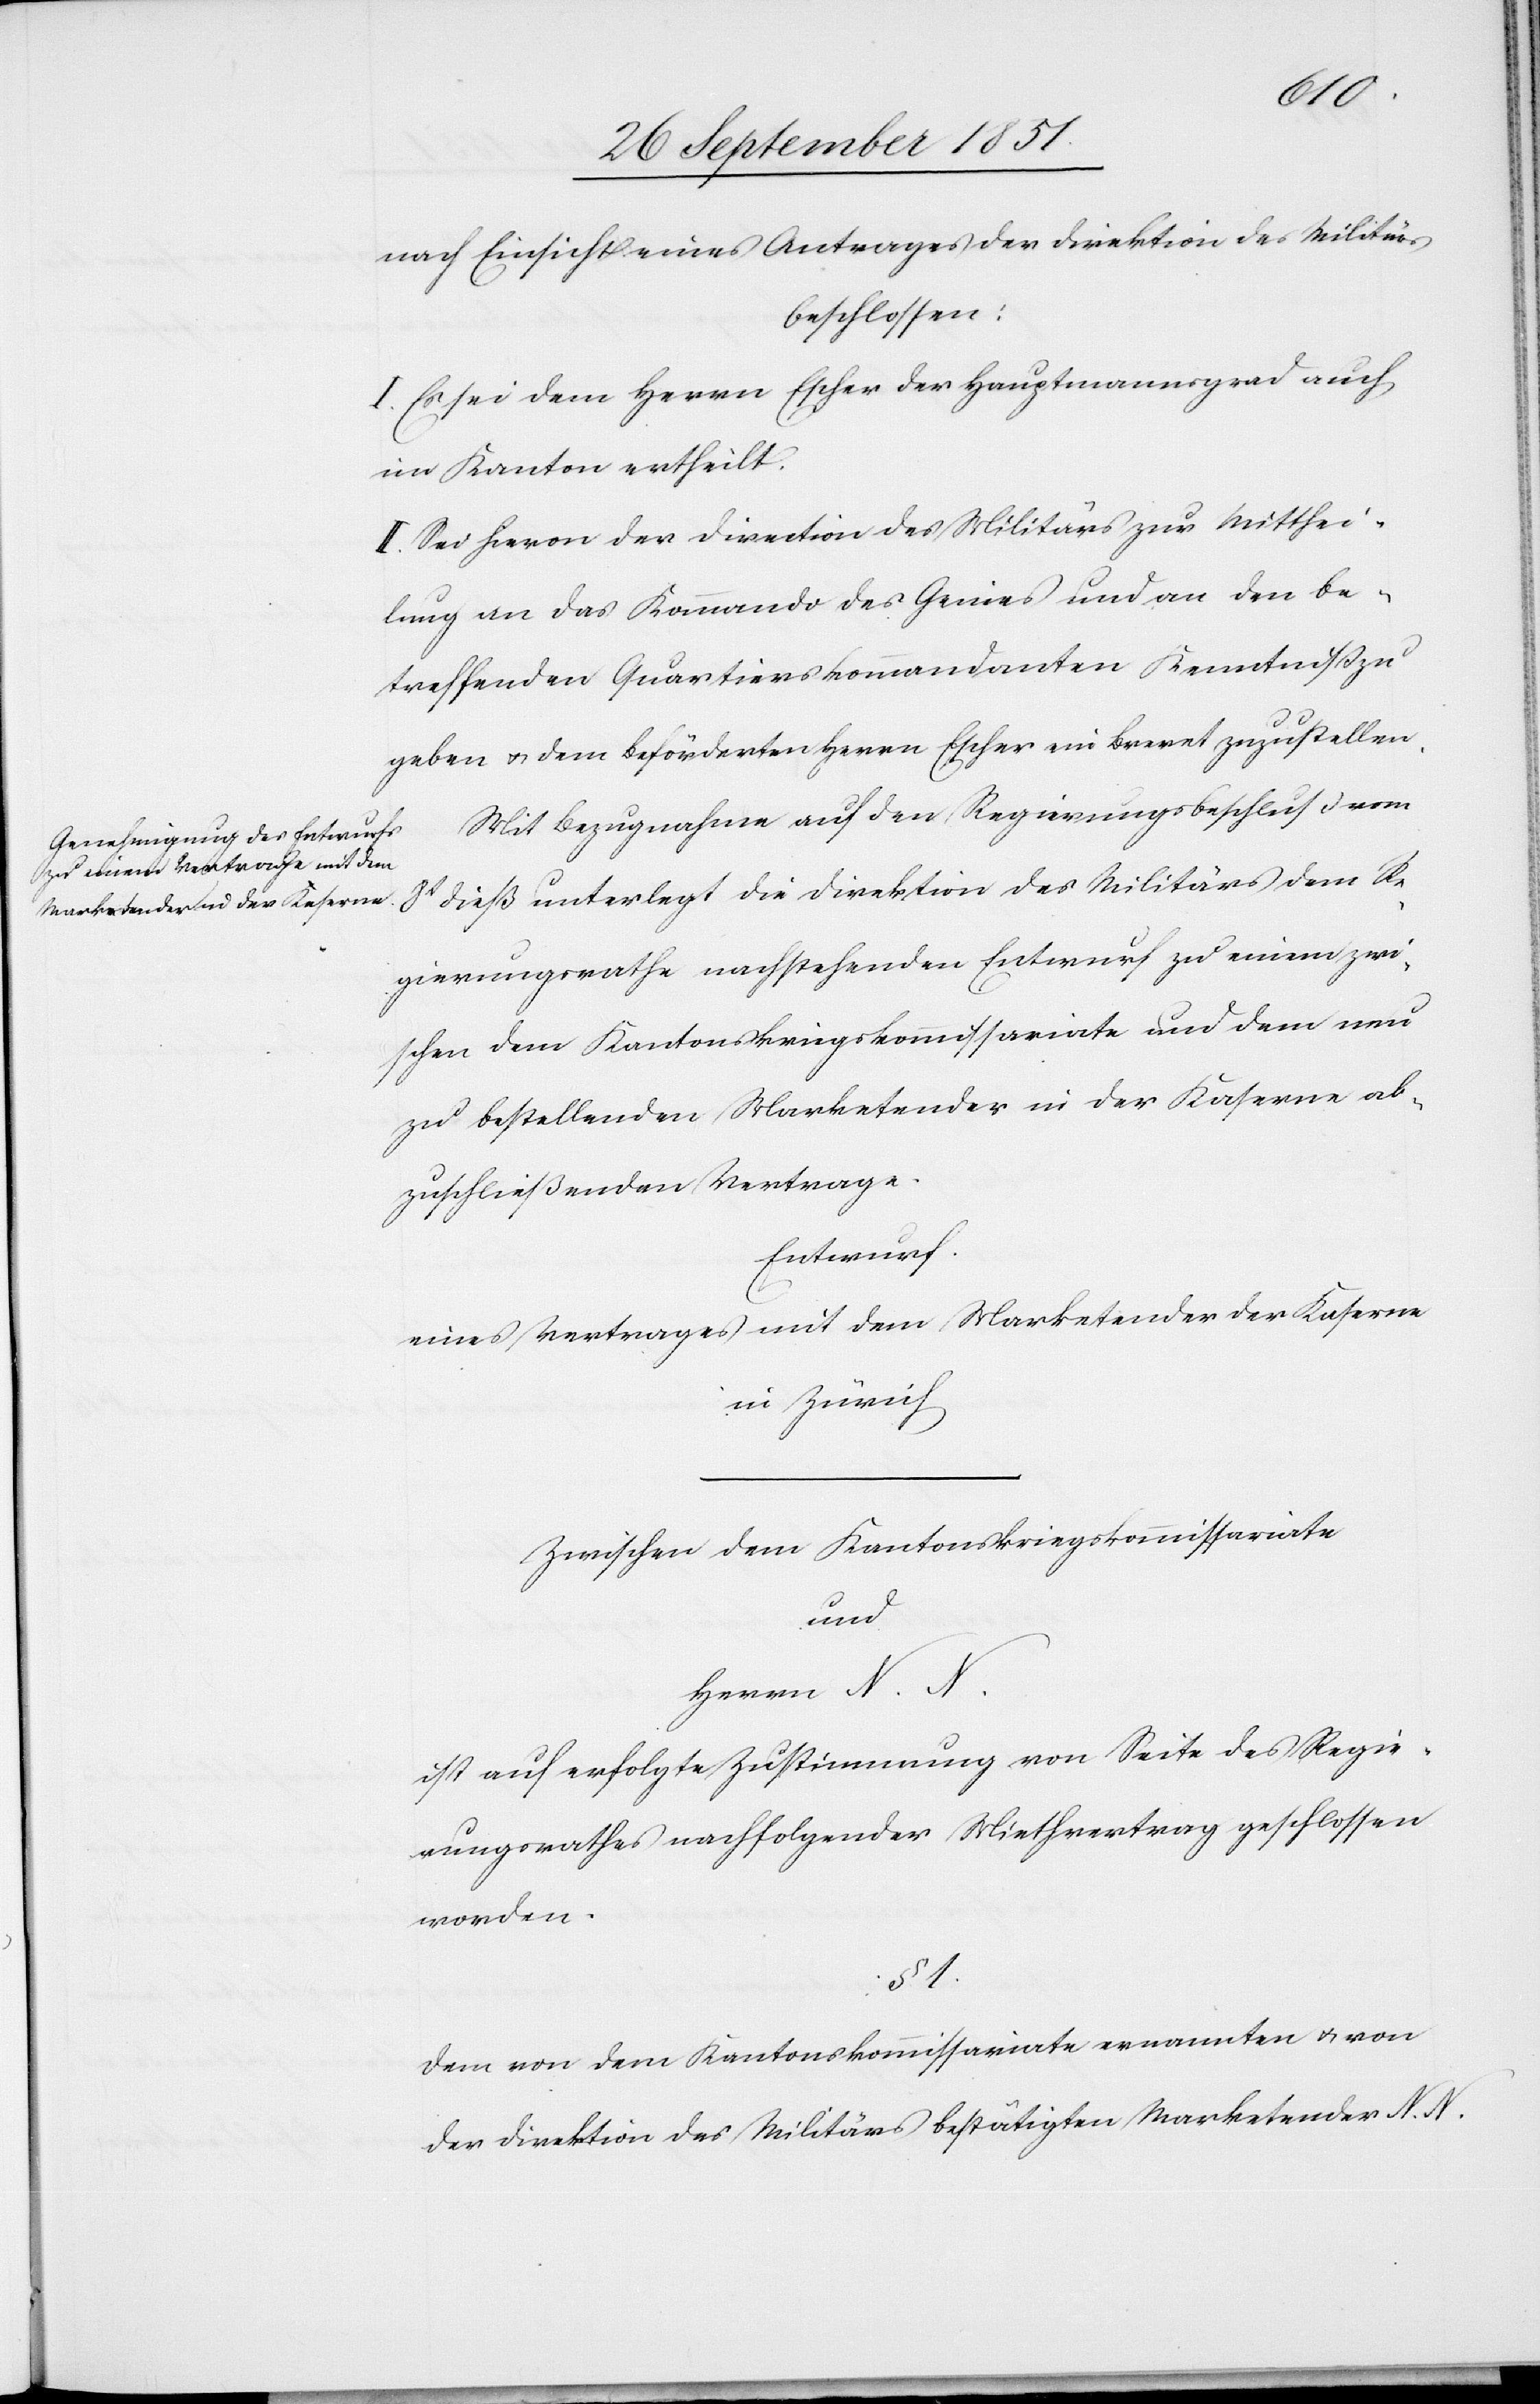
nach Einsicht eines Antrages der Direktion des Militärs
beschlossen:
I. Es sei dem Herrn Escher der Hauptmannsgrad auch
im Kanton ertheilt.
II. Sei hievon der Direction des Militärs zur Mitthei¬
lung an das Kommando des Genies und an den be¬
treffenden Quartierskommandanten Kenntniß zu
geben & dem Beförderten Herrn Escher ein Brevet zuzustellen.
Mit Bezugnahme auf den Regierungsbeschluß vom
8t dieß unterlegt die Direktion des Militärs dem Re¬
gierungsrathe nachstehenden Entwurf zu einem zwi¬
schen dem Kantonskriegskommissariate und dem neu
zu bestellenden Marketender in der Kaserne ab¬
zuschließenden Vertrage.
Entwurf.
eines Vertrages mit dem Marketender der Kaserne
in Zürich
Zwischen dem Kantonskriegskommissariate
und
Herrn N. N.
ist auf erfolgte Zustimmung von Seite des Regie¬
rungsrathes nachfolgender Miethvertrag geschlossen
worden.
§ 1.
Dem von dem Kantonskommissariate ernannten & von
der Direktion des Militärs bestätigten Marketender N. N.